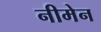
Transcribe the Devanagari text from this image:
नीमेन